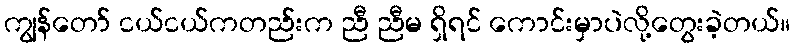
ကျွန်တော် ငယ်ငယ်ကတည်းက ညီ ညီမ ရှိရင် ကောင်းမှာပဲလို့တွေးခဲ့တယ်။